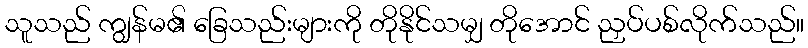
သူသည် ကျွန်မ၏ ခြေသည်းများကို တိုနိုင်သမျှ တိုအောင် ညှပ်ပစ်လိုက်သည်။